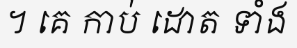
។ គេ កាប់ ដោត ទាំង